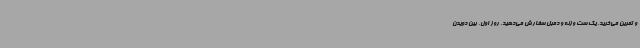
و تمرین می‌خرید. یک ست وزنه و دمبل سفارش می‌دهید. روز اول، بین دویدن